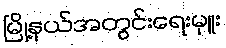
မြို့နယ်အတွင်းရေးမှူး